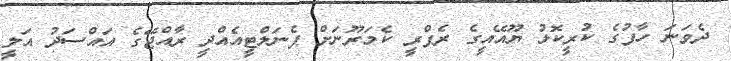
ދެވަނަ ހާފުގެ ކުރީކޮޅު ޔޫއޭއީގެ ރެފްރީ ކެމަރޫނަށް ޕެނަލްޓީއެއްދީ ރާއްޖޭގެ އައްސަދު އަލީ